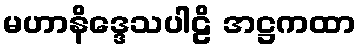
မဟာနိဒ္ဒေသပါဠိ အဋ္ဌကထာ